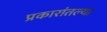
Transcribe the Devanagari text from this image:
प्रकारांतल्या